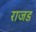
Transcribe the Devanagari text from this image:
राजड